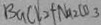
B a C l _ { 2 } + N a _ { 2 } C O _ { 3 }